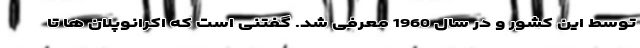
توسط این کشور و در سال 1960 معرفی شد. گفتنی است که اکرانوپلان ها تا